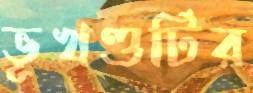
ভূখণ্ডটির